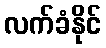
လက်ခံနိုင်